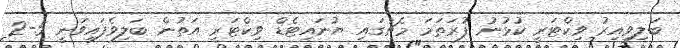
ބަލިވިއިރު ވިކްޓަރީ ކުޅުނު ފުރަތަމަ މެޗުގައި ޔުނައިޓެޑް ވިކްޓަރީ އަތުން ބަލިވެފައިވަނީ 5-2